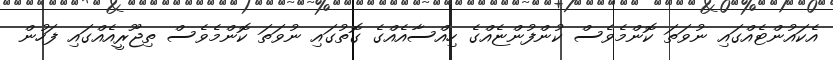
އެކައުންޓެއްގައި ނުވަތަ ކޮންމެވެސް ކުންފުންޏެއްގެ ހިއްސާއެއްގެ ގޮތުގައި ނުވަތަ ކޮންމެވެސް ތިޖޫރީއެއްގައި ފަހުން